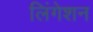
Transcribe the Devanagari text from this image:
लिंगेशन